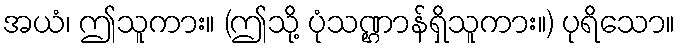
အယံ၊ ဤသူကား။ (ဤသို့ ပုံသဏ္ဌာန်ရှိသူကား။) ပုရိသော။